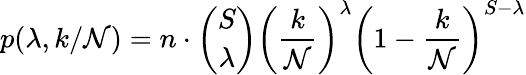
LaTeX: p(\lambda,k/\mathcal{N})=n\cdot{\binom{S}{\lambda}}\left(\frac{{k}}{{\mathcal{N}}}\right)^{\lambda}\left(1-\frac{{k}}{{\mathcal{N}}}\right)^{S-\lambda}